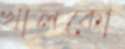
খালকো